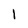
Character: l